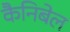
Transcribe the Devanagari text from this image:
कैनिबेल